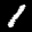
Label: 1